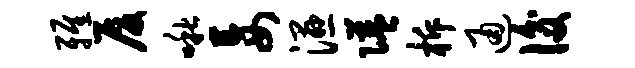
雅厦啾妄湿隘柝通后